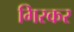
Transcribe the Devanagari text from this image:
गिरकर